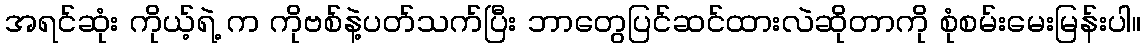
အရင်ဆုံး ကိုယ့်ရဲ့ က ကိုဗစ်နဲ့ပတ်သက်ပြီး ဘာတွေပြင်ဆင်ထားလဲဆိုတာကို စုံစမ်းမေးမြန်းပါ။